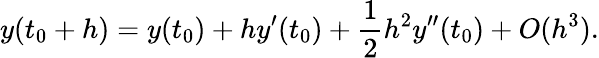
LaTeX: y(t_{0}+h)=y(t_{0})+hy^{\prime}(t_{0})+{\frac{1}{2}}h^{2}y^{\prime\prime}(t_{0})+O(h^{3}).